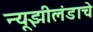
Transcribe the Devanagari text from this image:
न्यूझीलंडाचे